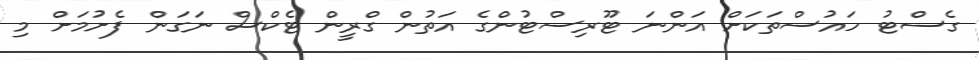
ގެސްޓު ހައުސްތަކަށް އަންނަ ޓޫރިސްޓުންގެ އަތުން ގްރީން ޓެކްސް ނަގަން ފެށުމަށް މި